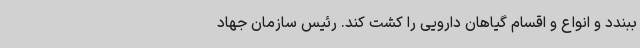
ببندد و انواع و اقسام گیاهان دارویی را کشت کند. رئیس سازمان جهاد